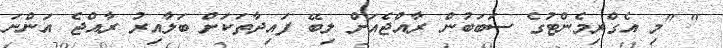
" "މި އެގްރިމެންޓުގެ ސަބަބުން ރާއްޖެއަށް ލިބޭ ފައިދާތަކަށް ބަލާއިރު ރާއްޖެ އަންނަ